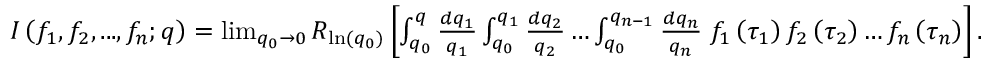
\begin{array} { r } { I \left( f _ { 1 } , f _ { 2 } , . . . , f _ { n } ; q \right) = \operatorname* { l i m } _ { q _ { 0 } \rightarrow 0 } R _ { \ln ( q _ { 0 } ) } \left[ \int _ { q _ { 0 } } ^ { q } \frac { d q _ { 1 } } { q _ { 1 } } \int _ { q _ { 0 } } ^ { q _ { 1 } } \frac { d q _ { 2 } } { q _ { 2 } } \ldots \int _ { q _ { 0 } } ^ { q _ { n - 1 } } \frac { d q _ { n } } { q _ { n } } \; f _ { 1 } \left( \tau _ { 1 } \right) f _ { 2 } \left( \tau _ { 2 } \right) \dots f _ { n } \left( \tau _ { n } \right) \right] . } \end{array}